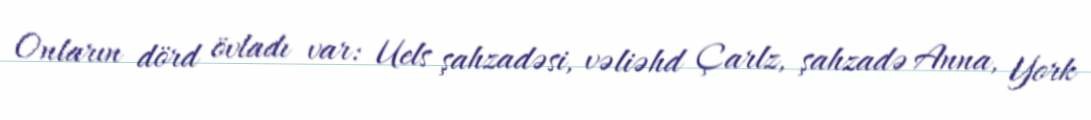
Onların dörd övladı var: Uels şahzadəsi, vəliəhd Çarlz, şahzadə Anna, York